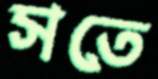
সতে